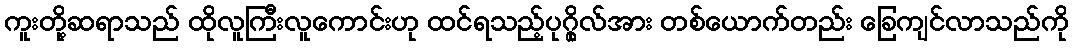
ကူးတို့ဆရာသည် ထိုလူကြီးလူကောင်းဟု ထင်ရသည့်ပုဂ္ဂိုလ်အား တစ်ယောက်တည်း ခြေကျင်လာသည်ကို